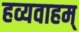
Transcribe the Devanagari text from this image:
हव्यवाहम्